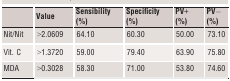
<table><thead><tr><td></td><td><b>Value</b></td><td><b>Sensibility (%)</b></td><td><b>Specificity (%)</b></td><td><b>PV+ (%)</b></td><td><b>PV− (%)</b></td></tr></thead><tbody><tr><td>Nit/Nit</td><td>&gt;2.0609</td><td>64.10</td><td>60.30</td><td>50.00</td><td>73.10</td></tr><tr><td>Vit. C</td><td>&gt;1.3720</td><td>59.00</td><td>79.40</td><td>63.90</td><td>75.80</td></tr><tr><td>MDA</td><td>&gt;0.3028</td><td>58.30</td><td>71.00</td><td>53.80</td><td>74.60</td></tr></tbody></table>